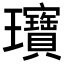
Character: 𬎞